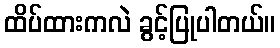
ထိပ်ထားကလဲ ခွင့်ပြုပါတယ်။